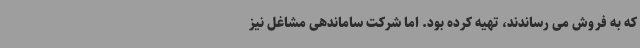
که به فروش می رساندند، تهیه کرده بود. اما شرکت ساماندهی مشاغل نیز